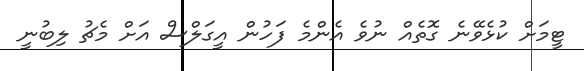
ޓީމަށް ކުޅެވޭނެ ގޮތެއް ނުވެ އެންމެ ފަހުން އީގަލްސް އަށް މެޗު ލިބުނީ